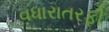
વધારાતરફી